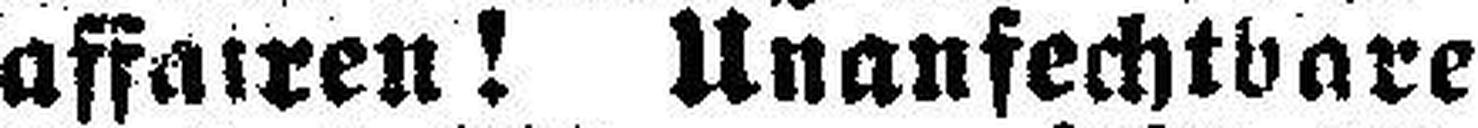
affairen! Unanfechtbare